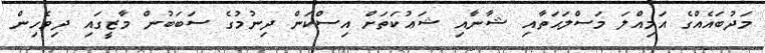
މަދުބައެއްގެ އަމިއްލަ މަސްލަޙަތާއި ޝާނާއި ޝަޢުކަތަށް އިސްކަން ދިނުމުގެ ސަބަބުން މާޒީގައި ދިވެހިން